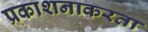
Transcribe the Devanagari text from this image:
प्रकाशनाकरता